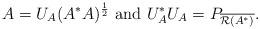
LaTeX: \begin{align*}A=U_A(A^*A)^{\frac{1}{2}}\ \mbox{and}\ U_A^*U_A=P_{\overline{\mathcal{R}(A^*)}}.\end{align*}